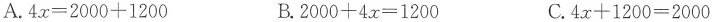
A.$$4 x = 2 0 0 0 + 1 2 0 0$$ B.$$2 0 0 0 + 4 x = 1 2 0 0$$ C.$$4 x + 1 2 0 0 = 2 0 0 0$$